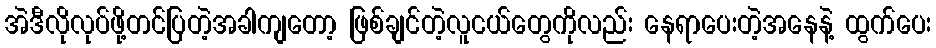
အဲဒီလိုလုပ်ဖို့တင်ပြတဲ့အခါကျတော့ ဖြစ်ချင်တဲ့လူငယ်တွေကိုလည်း နေရာပေးတဲ့အနေနဲ့ ထွက်ပေး